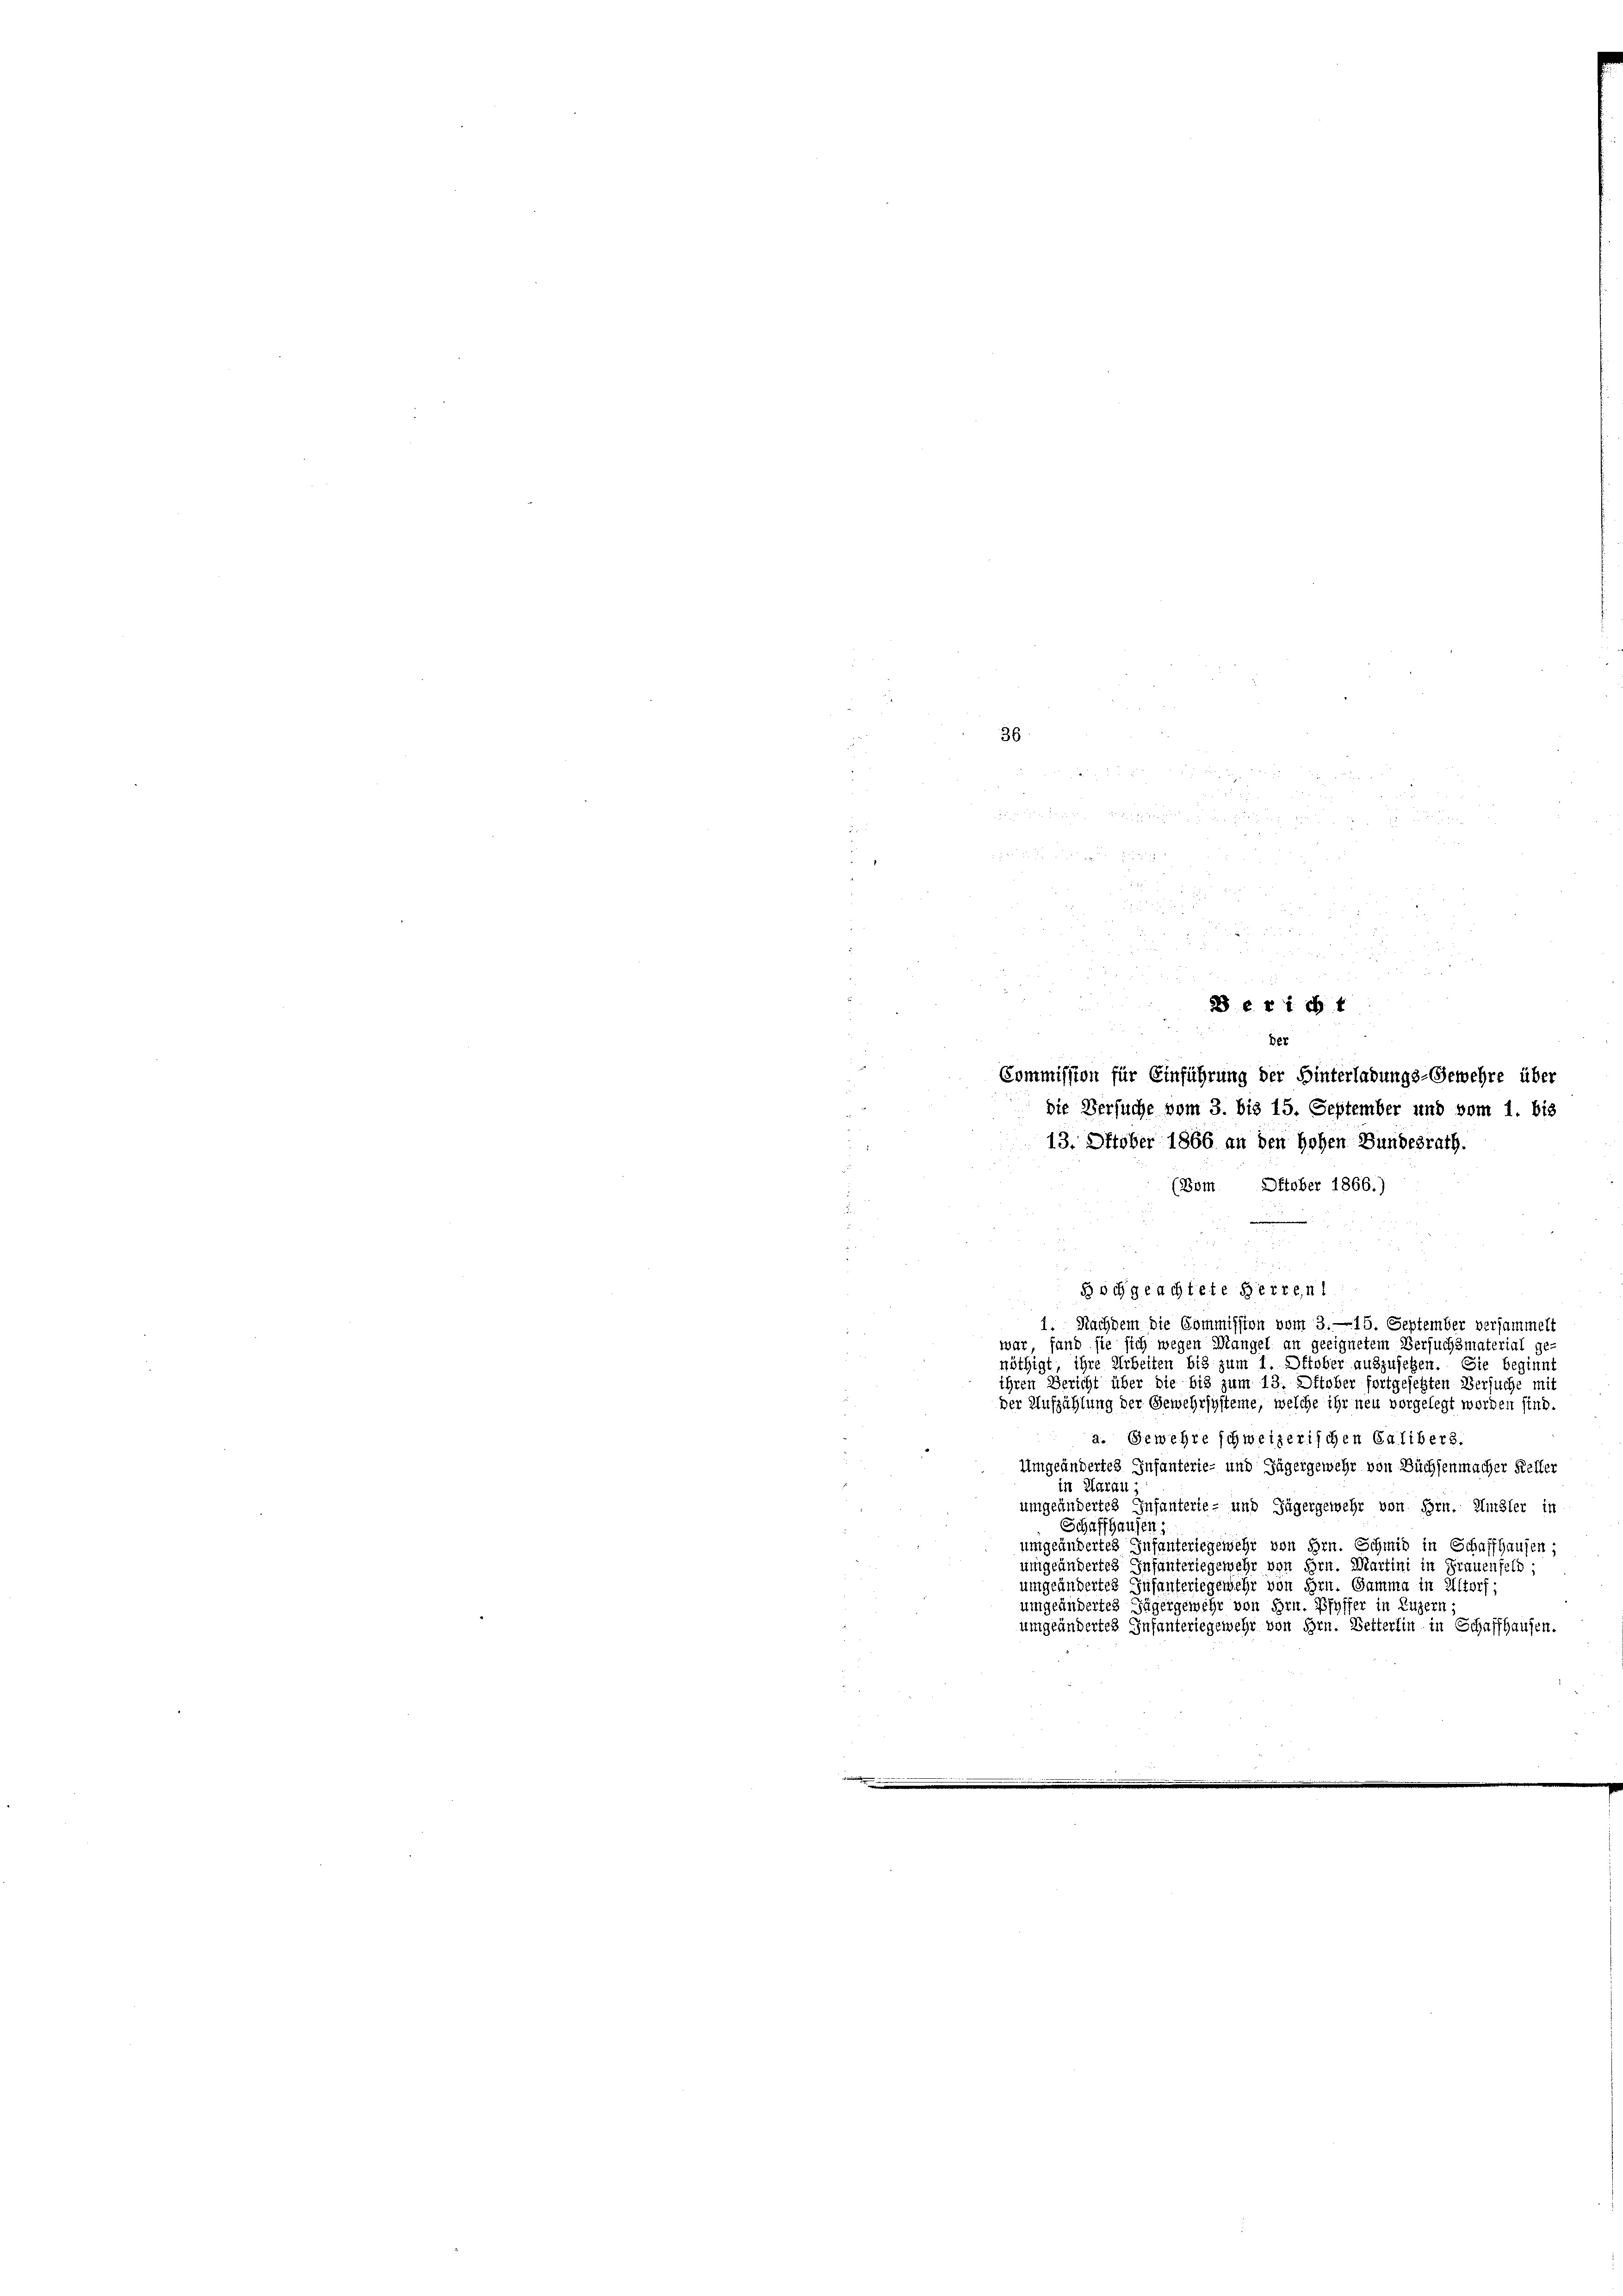
e

8 5
e
2 x
3
§ 681 f. 4
Der
Commission für Einführung der Hinterladungs-Gewehre über
die Versuche vom 3. bis 15. September und vom 1. bis
13. Oktober 1866 an den Hohen Bundesrath.
(Bom Oktober 1866.)
.
 85

hochgeachtete Herrenl
1. Nachdem die Commission vom 3. —15. September versammelt
war, fand sie sich wegen Mangel an geeignetem Versuchsmaterial ge-
nöthigt ihre Arbeiten bis zum 1. Oktober auszusetzen. Sie beginnt
ihren Bericht über die bis zum 13. Oktober fortgesetzten Versuche mit
der Aufzählung der Gewehrsysteme, welche ihr neu vorgelegt worden sind.
a. Gewehre schweizerischen Calibers.
Umgeändertes Infanterie- und Zügergemehr von Büchsenmacher Keller
in Aarau
umgeändertes Infanterie- und Jägergemehr von Hrn. Amsler in
Schaffhausen,
umgeändertes Infanteriegewehr von Hrn. Schmid in Schaffhausen;
umgeändertes Infanteriegewehr von Hrn. Martini in Frauenfeld
umgeändertes Infanteriegewehr von Hrn. Gamma in Altorf;
umgeändertes Jägergewehr von Hrn. Pfyffer in Luzern u
umgeändertes Infanteriegewehr von Hrn. Betterlin in Schaffhausen.